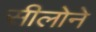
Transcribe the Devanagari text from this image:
सीलोने